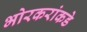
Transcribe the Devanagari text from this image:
भोरकरांकडे